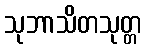
သုဘာသိတသုတ္တ